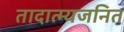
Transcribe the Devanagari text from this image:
तादात्म्यजनित